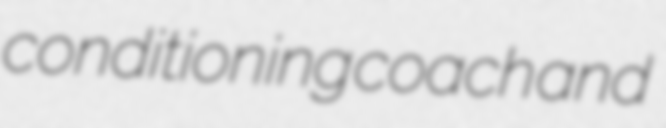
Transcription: conditioning coach and